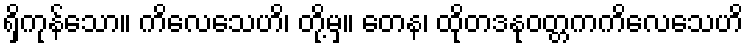
ရှိကုန်သော။ ကိလေသေဟိ၊ တို့မှ။ တေန၊ ထိုတဒနုဝတ္တကကိလေသေဟိ